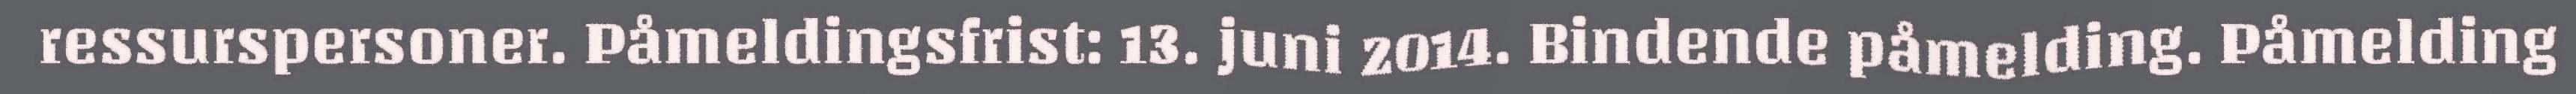
ressurspersoner. Påmeldingsfrist: 13. juni 2014. Bindende påmelding. Påmelding